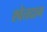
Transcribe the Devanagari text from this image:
श्वेतदाग